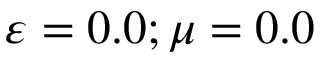
\varepsilon = 0 . 0 ; \mu = 0 . 0